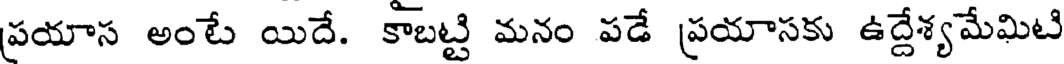
ప్రయాస అంటే యిదే. కాబట్టి మనం పడే ప్రయాసకు ఉద్దేశ్యమేమిటి